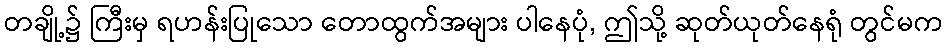
တချို့၌ ကြီးမှ ရဟန်းပြုသော တောထွက်အများ ပါနေပုံ, ဤသို့ ဆုတ်ယုတ်နေရုံ တွင်မက